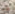
هنا